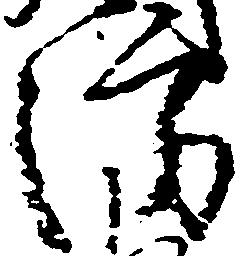
防